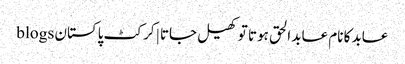
عابد کا نام عابد الحق ہوتا تو کھیل جاتا | کرکٹ پاکستان blogs